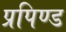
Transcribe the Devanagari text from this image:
प्रपिण्ड